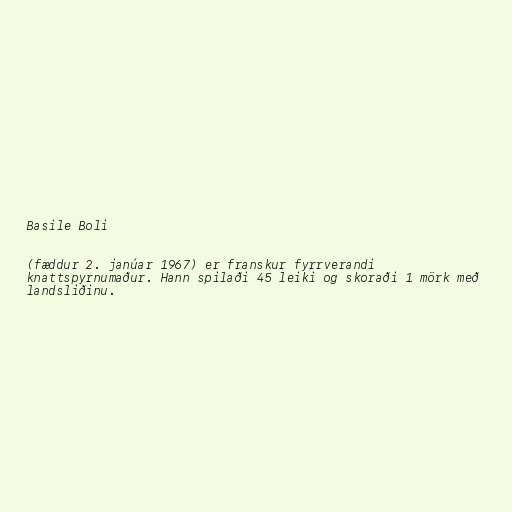
Basile Boli

(fæddur 2. janúar 1967) er franskur fyrrverandi
knattspyrnumaður. Hann spilaði 45 leiki og skoraði 1 mörk með
landsliðinu.